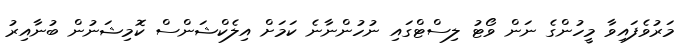
މަރުވެފައިވާ މީހުންގެ ނަން ވޯޓު ލިސްޓްގައި ނުހުންނާނެ ކަމަށް އިލެކްޝަންސް ކޮމިޝަނުން ބުނާއިރު